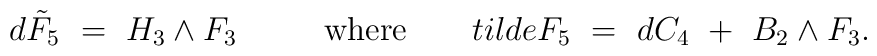
d\tilde{F}_5~=~ H_3\wedge F_3\ \ \ \ \ \ \ \ \mbox{where}\ \ \ \ \ \ \ \\tilde{F}_5~=~ dC_4~+~B_2\wedge F_3.